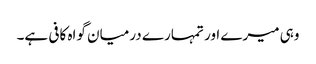
وہی میرے اور تمہارے درمیان گواہ کافی ہے۔